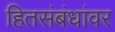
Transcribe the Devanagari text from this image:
हितसंबंधांवर